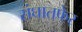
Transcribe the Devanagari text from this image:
संघातफेर्